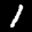
Label: 1